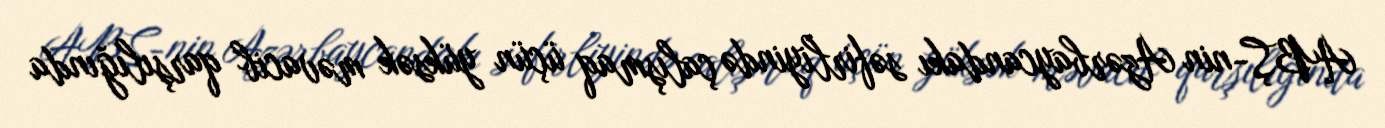
ABŞ-nin Azərbaycandakı səfirliyində çalışmaq üçün yüksək məvacib qarşılığında